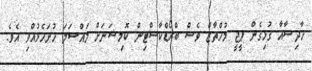
ހާދިސާއާ ގުޅިގެން ޕީޖީ މުހްތާޒް ވެސް ބްރޯޑްކާސްޓިން ކޮމިޝަނަށް މައްސަލަ ހުށަހެޅުއްވި އެވެ.